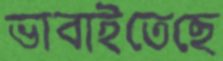
ভাবাইতেছে